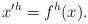
LaTeX: \begin{align*}x'^h= f^h(x).\end{align*}